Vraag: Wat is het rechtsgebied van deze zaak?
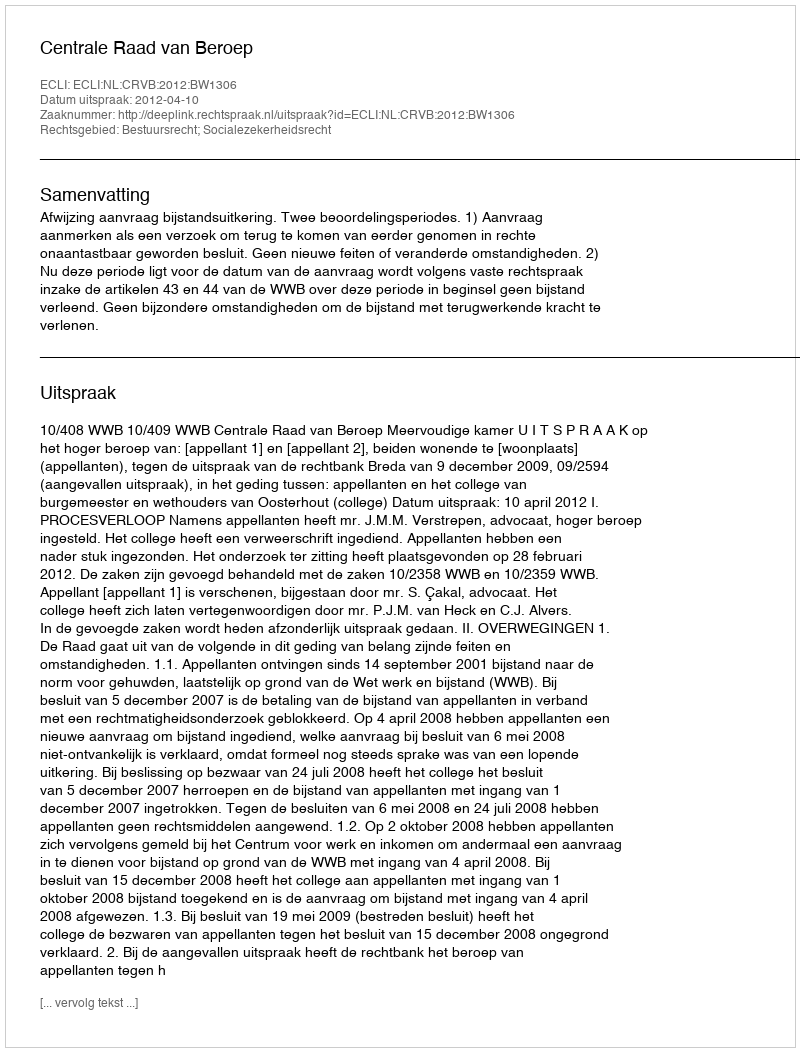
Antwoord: Bestuursrecht; Socialezekerheidsrecht